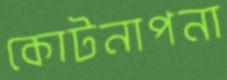
কোটনাপনা